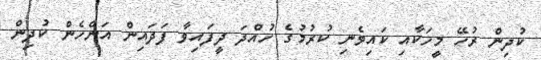
ކުދިން ރުހޭ މީހަކާއި ކައިވެނި ކުރުމުގެ ހުއްދަ ދީފައިވާ ފަދައިން އަންހެން ކުދިން